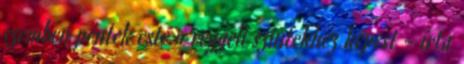
szemben péntek este a reggeli szintekhez képest - írta